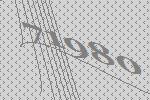
71980